Annual report on the working of the mental hospitals in the Madras Presidency - 1912-1932
Year: 1912
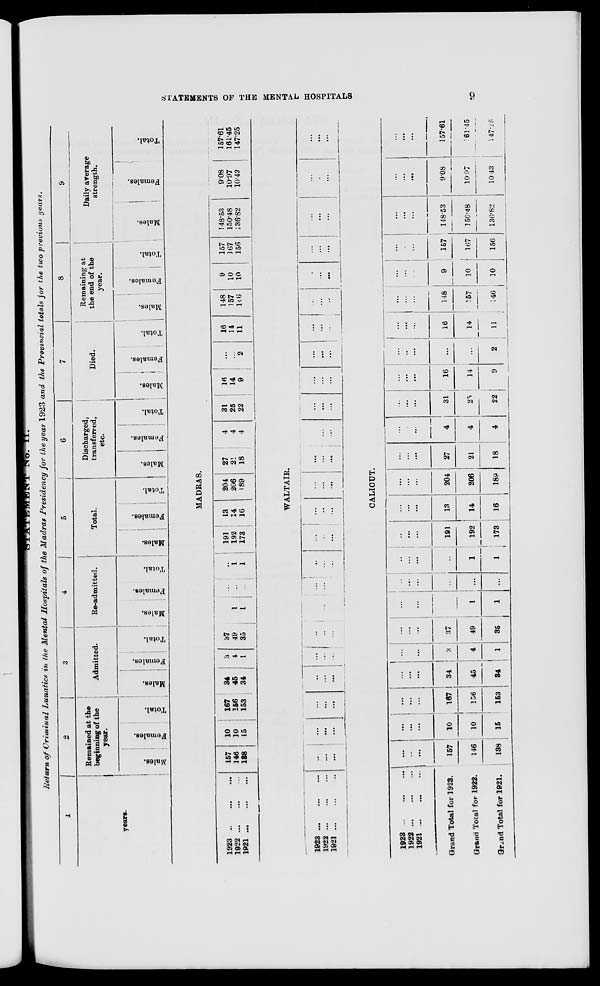
STATEMENTS OF THE MENTAL
HOSPITALS
9
STATEMENT No. II.
Return of Criminal Lunatics in the Mental Hospitals of the Madras Presidency for the year 1923 and the Provincial totals for the two previous years.
1
years.
2
Remained at the
beginning of the
year.
Males.
Females.
Total.
3
Admitted.
Males.
Females.
Total.
4
Re-admitted.
Males.
Females.
Total.
5
Total.
Males.
Females.
Total.
6
Discharged,
transferred,
etc.
Males.
Females.
Total.
7
Died.
Males.
Females.
Total.
8
Remaining at
the end of the
year.
Males.
Females.
Total.
9
Daily average
strength.
Males.
Females.
Total.
MADRAS.
1923
...
...
...
1922
...
...
...
1921
...
...
...
157
146
188
10
10
15
167
156
153
34
45
34
3
4
1
37
49
35
...
1
1
...
...
...
...
1
1
191
192
173
13
14
16
204
206
189
27
21
18
4
4
4
31
25
22
16
14
9
...
...
2
16
14
11
148
157
146
9
10
10
157
167
156
148.53
150.48
136.82
9.08
10.97
10.43
157.61
161.45
147.25
WALTAIR.
1923 ...
...
...
1922 ... ... ...
1921 ... ... ...
...
...
...
...
...
...
...
...
...
...
...
...
...
...
...
...
...
...
...
...
...
...
...
...
...
...
...
...
...
...
...
...
...
...
...
...
...
...
...
...
...
...
...
...
...
...
...
...
...
...
...
...
...
...
...
...
...
...
...
...
...
...
...
...
...
...
...
...
...
...
...
...
CALICUT.
1923 ... ...
...
1922 ...
...
...
1921 ...
...
...
Grand Total for 1923.
Grand Total for 1922.
Grand Total for 1921.
...
...
...
157
146
138
...
...
...
10
10
15
...
...
...
167
156
153
...
...
...
34
45
34
...
...
...
3
4
1
...
...
...
37
49
35
...
...
...
...
1
1
...
...
...
...
...
...
...
...
...
...
1
1
...
...
...
191
192
173
...
...
...
13
14
16
...
...
...
204
206
189
...
...
...
27
21
18
...
...
...
4
4
4
...
...
...
31
25
22
...
...
...
16
14
9
...
...
...
...
...
2
...
...
...
16
14
11
...
...
...
148
157
146
...
...
...
9
10
10
...
...
...
157
167
156
...
...
...
148.53
150.48
136.82
...
...
...
9.08
10.97
10.43
...
...
...
157.61
161.45
147.25